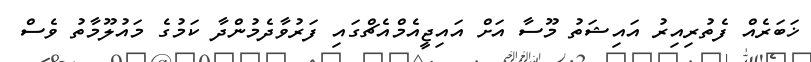
ޚަބަރެއް ފެތުރިއިރު އައިޝަތު މޫސާ އަށް އައިޖީއެމްއެޗްގައި ފަރުވާދެމުންދާ ކަމުގެ މައުލޫމާތު ވެސް